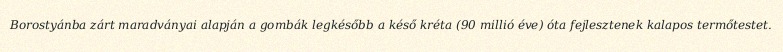
Borostyánba zárt maradványai alapján a gombák legkésőbb a késő kréta (90 millió éve) óta fejlesztenek kalapos termőtestet.